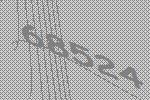
68524